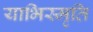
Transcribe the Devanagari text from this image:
याभिस्मृति